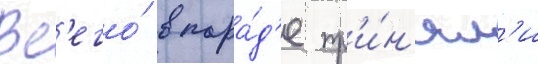
Вс'его́ в пара́д'е пр'и́н'ял'и